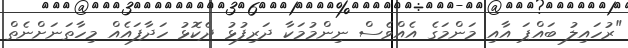
"ރުހައިލު ބައްޕަ އާއި މަންމަގެ އެއްވެސް ނިންމުމަކާ ދަރިފުޅު ދެކޮޅު ހަދާފައެއް މިހާތަނަށްނެތް